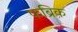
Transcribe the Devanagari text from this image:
फब्रिक